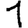
Digit: 1